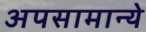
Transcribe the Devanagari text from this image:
अपसामान्ये